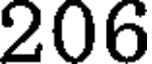
206